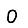
Digit: 0